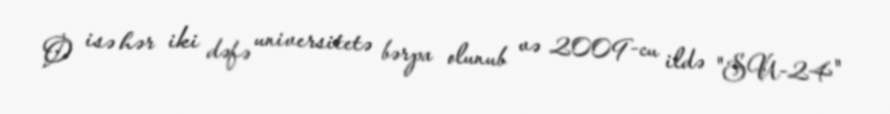
O isə hər iki dəfə universitetə bərpa olunub və 2009-cu ildə "SU-24"